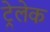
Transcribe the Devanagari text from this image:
ट्रेलेक